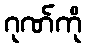
ဂုဏ်ကို